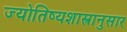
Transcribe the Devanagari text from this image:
ज्योतिष्यशास्त्रानुसार